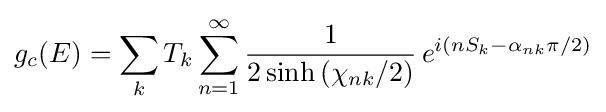
g_{c}(E)=\sum _{k}T_{k}\sum _{n=1}^{\infty }{\frac {1}{2\sinh {(\chi _{nk}/2)}}}\,e^{i(nS_{k}-\alpha _{nk}\pi /2)}